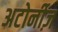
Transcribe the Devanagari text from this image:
अटोर्नीज़